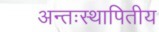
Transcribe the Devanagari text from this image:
अन्तःस्थापितीय